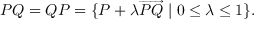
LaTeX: P Q = Q P = \{ P + \lambda { \overrightarrow { P Q } } \mid 0 \leq \lambda \leq 1 \} .